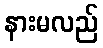
နားမလည်